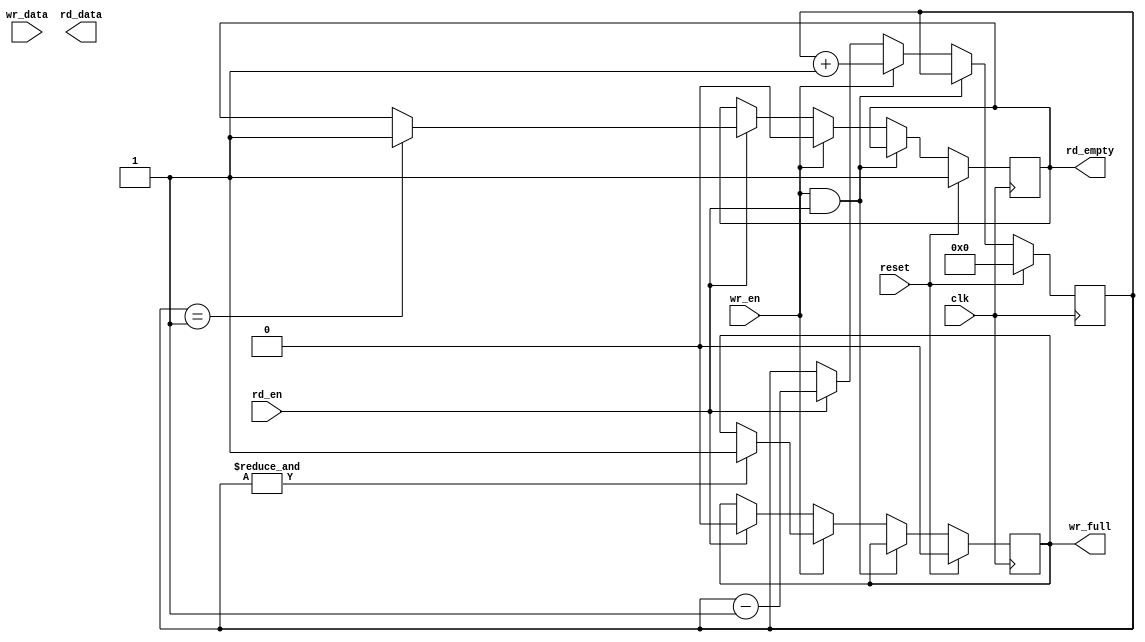
module fifo_sync
  #(
    // Address width (must be 5 => 32-deep FIFO)
    parameter AW = 5,
    // Data width
    parameter DW = 16
    )
   (
    input                clk,
    input                reset,
    input [DW-1:0]       wr_data,
    input                wr_en,
    input                rd_en,
    output wire [DW-1:0] rd_data,
    output reg           rd_empty,
    output reg           wr_full
    );
   
   reg [AW-1:0]          wr_addr;
   reg [AW-1:0]          rd_addr;
   reg [AW-1:0]          count;
   
   always @ ( posedge clk ) begin
      if( reset ) 
	begin	   
           wr_addr[AW-1:0] <= 'd0;
           rd_addr[AW-1:0] <= 'b0;
           count[AW-1:0] <= 'b0;
           rd_empty      <= 1'b1;
           wr_full       <= 1'b0;         
      end else 
	begin
           if( wr_en & rd_en ) 
	     begin
		wr_addr <= wr_addr + 'd1;
		rd_addr <= rd_addr + 'd1;	      
             end 
	   else if( wr_en ) 
	     begin
		wr_addr <= wr_addr + 'd1;
		count <= count + 'd1;
		rd_empty <= 1'b0;
		if( & count )
		  wr_full <= 1'b1;		
         end 
	   else if( rd_en ) 
	   begin	      
              rd_addr <= rd_addr + 'd1;
              count <= count - 'd1;
              wr_full <= 1'b0;
              if( count == 'd1 )
		rd_empty <= 1'b1;	      
           end
	end // else: !if( reset )
   end // always @ ( posedge clk )
      
`ifdef TARGET_XILINX 
   genvar               dn;   
   generate for(dn=0; dn<DW; dn=dn+1)
     begin : genbits
        RAM32X1D RAM32X1D_inst
          (
           .DPO(rd_data[dn] ),   // Read-only 1-bit data output
           .SPO(),            // Rw/ 1-bit data output
           .A0(wr_addr[0]),     // Rw/ address[0] input bit
           .A1(wr_addr[1]),     // Rw/ address[1] input bit
           .A2(wr_addr[2]),     // Rw/ address[2] input bit
           .A3(wr_addr[3]),     // Rw/ address[3] input bit
           .A4(wr_addr[4]),     // Rw/ address[4] input bit
           .D(wr_data[dn]),     // Write 1-bit data input
           .DPRA0(rd_addr[0]),  // Read-only address[0] input bit
           .DPRA1(rd_addr[1]),  // Read-only address[1] input bit
           .DPRA2(rd_addr[2]),  // Read-only address[2] input bit
           .DPRA3(rd_addr[3]),  // Read-only address[3] input bit
           .DPRA4(rd_addr[4]),  // Read-only address[4] input bit
           .WCLK(clk),        // Write clock input
           .WE(wr_en)           // Write enable input
           );
     end
   endgenerate
   
`elsif TARGET_CLEAN

   defparam mem.DW=DW;
   defparam mem.AW=AW;
   
   memory_dp mem (
			// Outputs
			.rd_data	(rd_data[DW-1:0]),
			// Inputs
			.wr_clk		(clk),
			.wr_en		({(DW/8){wr_en}}),
			.wr_addr	(wr_addr[AW-1:0]),
			.wr_data	(wr_data[DW-1:0]),
			.rd_clk		(clk),
			.rd_en		(rd_en),
			.rd_addr	(rd_addr[AW-1:0]));

`endif

   
endmodule